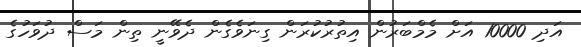
އަދި 10000 އަށް މެމްބަރުން އިތުރުކުރަން ގިނަވެގެން ދެވޭނީ ތިން މަސް ދުވަހުގެ